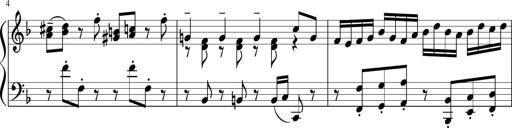
Title: Sonatina 1
Composer: Claudio Macchi
Key: F major